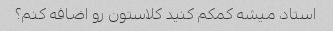
استاد، میشه کمکم کنید کلاستون رو اضافه کنم؟